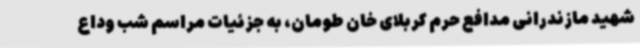
شهید مازندرانی مدافع حرم کربلای خان طومان، به جزئیات مراسم شب وداع